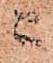
ニ